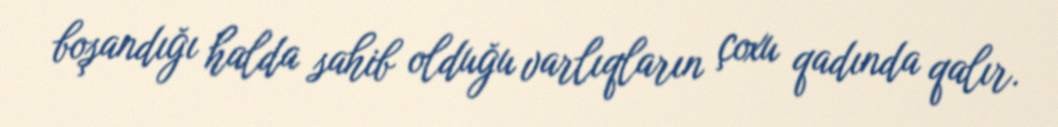
boşandığı halda sahib olduğu varlıqların çoxu qadında qalır.